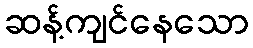
ဆန့်ကျင်နေသော